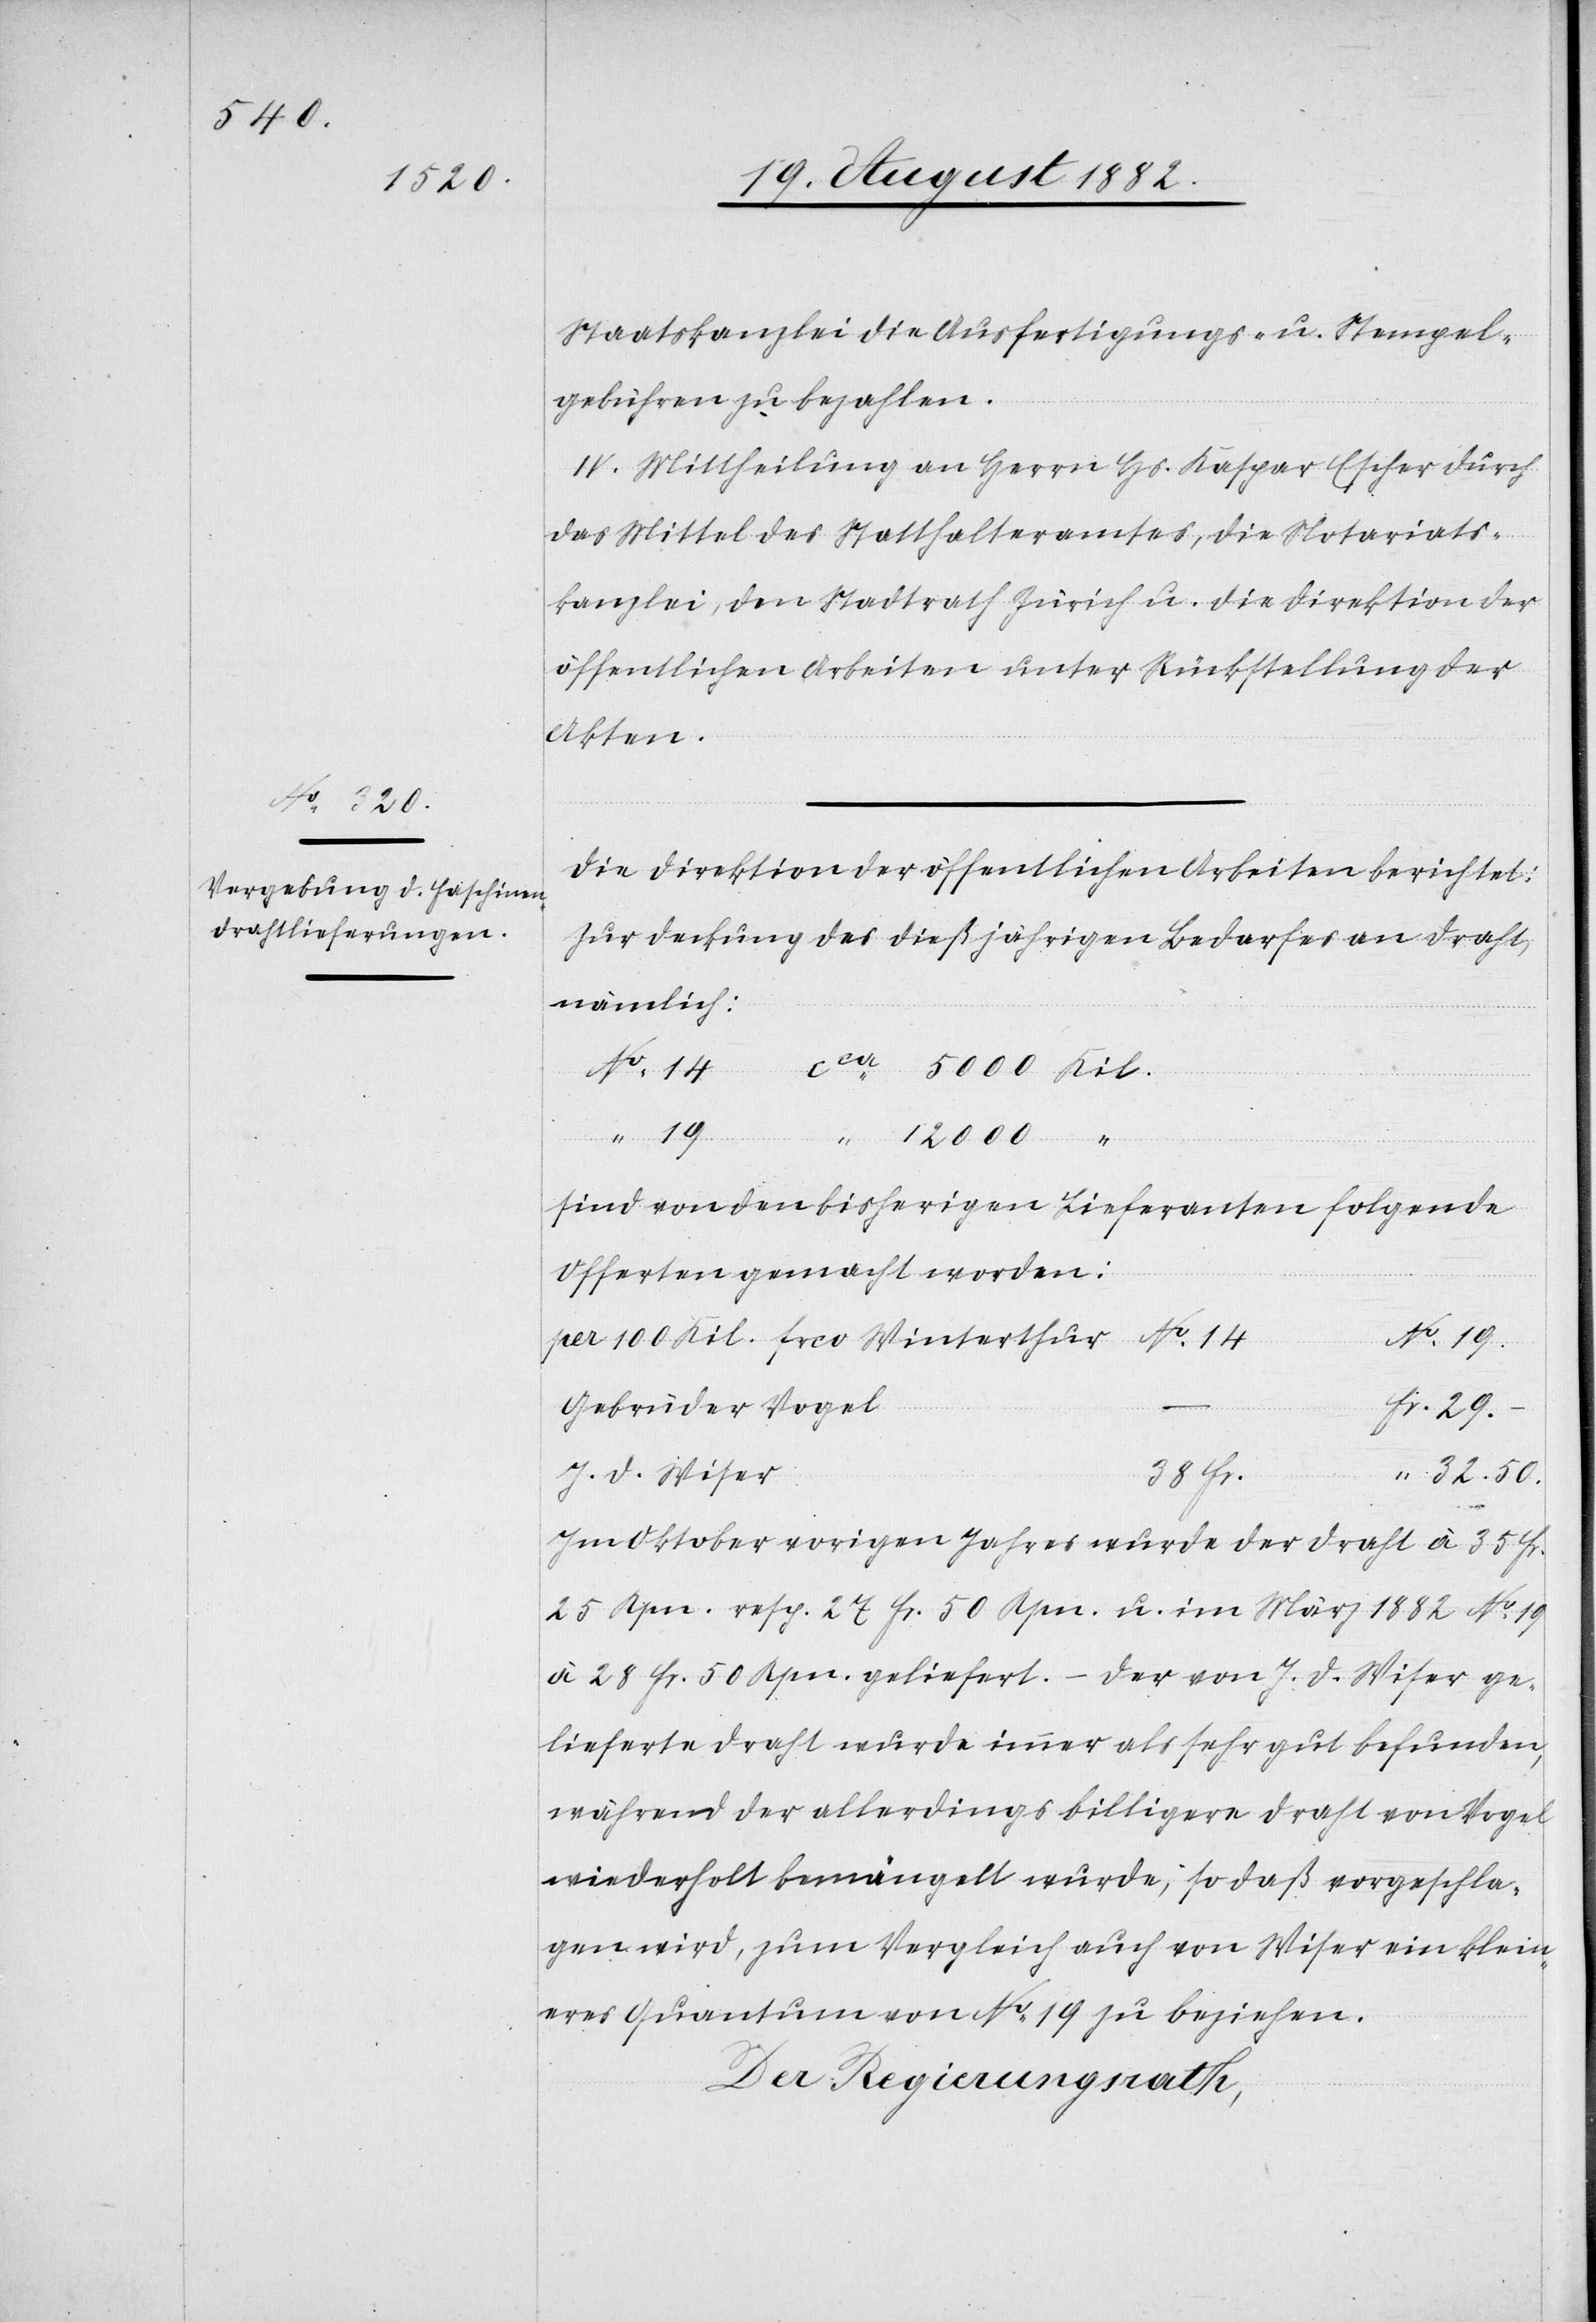
5000
12000

Staatskanzlei die Ausfertigungs- u. Stempel¬
gebühren zu bezahlen.
IV. Mittheilung an Herrn Hs. Kaspar Escher durch
Fr.
das Mittel des Statthalteramtes, die Notariats¬
kanzlei, den Stadtrath Zürich u. die Direktion der
öffentlichen Arbeiten unter Rückstellung der
Akten.
Die Direktion der öffentlichen Arbeiten berichtet:
Zur Deckung des dießjährigen Bedarfes an Draht,
nämlich:
sind von den bisherigen Lieferanten folgende
Offerten gemacht worden:
No 14
per 100 Kilo. frco Winterthur
–
Gebrüder Vogel
J. D. Wiser
38 Fr.
50.
Im Oktober vorigen Jahres wurde der Draht à 35 Fr.
25 Rpn. resp 27 Fr. 50 Rpn. u. im März 1882 No 19
à 28 Fr. 50 Rpn. geliefert. – Der von J. D. Wiser ge¬
lieferte Draht wurde immer als sehr gut befunden,
während der allerdings billigere Draht von Vogel
wiederholt bemängelt wurde; so daß vorgeschla¬
gen wird, zum Vergleich auch von Wiser ein klein¬
eres Quantum von No 19 zu beziehen.
Der Regierungsrath;